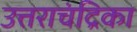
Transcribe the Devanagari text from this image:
उत्तराचंद्रिका